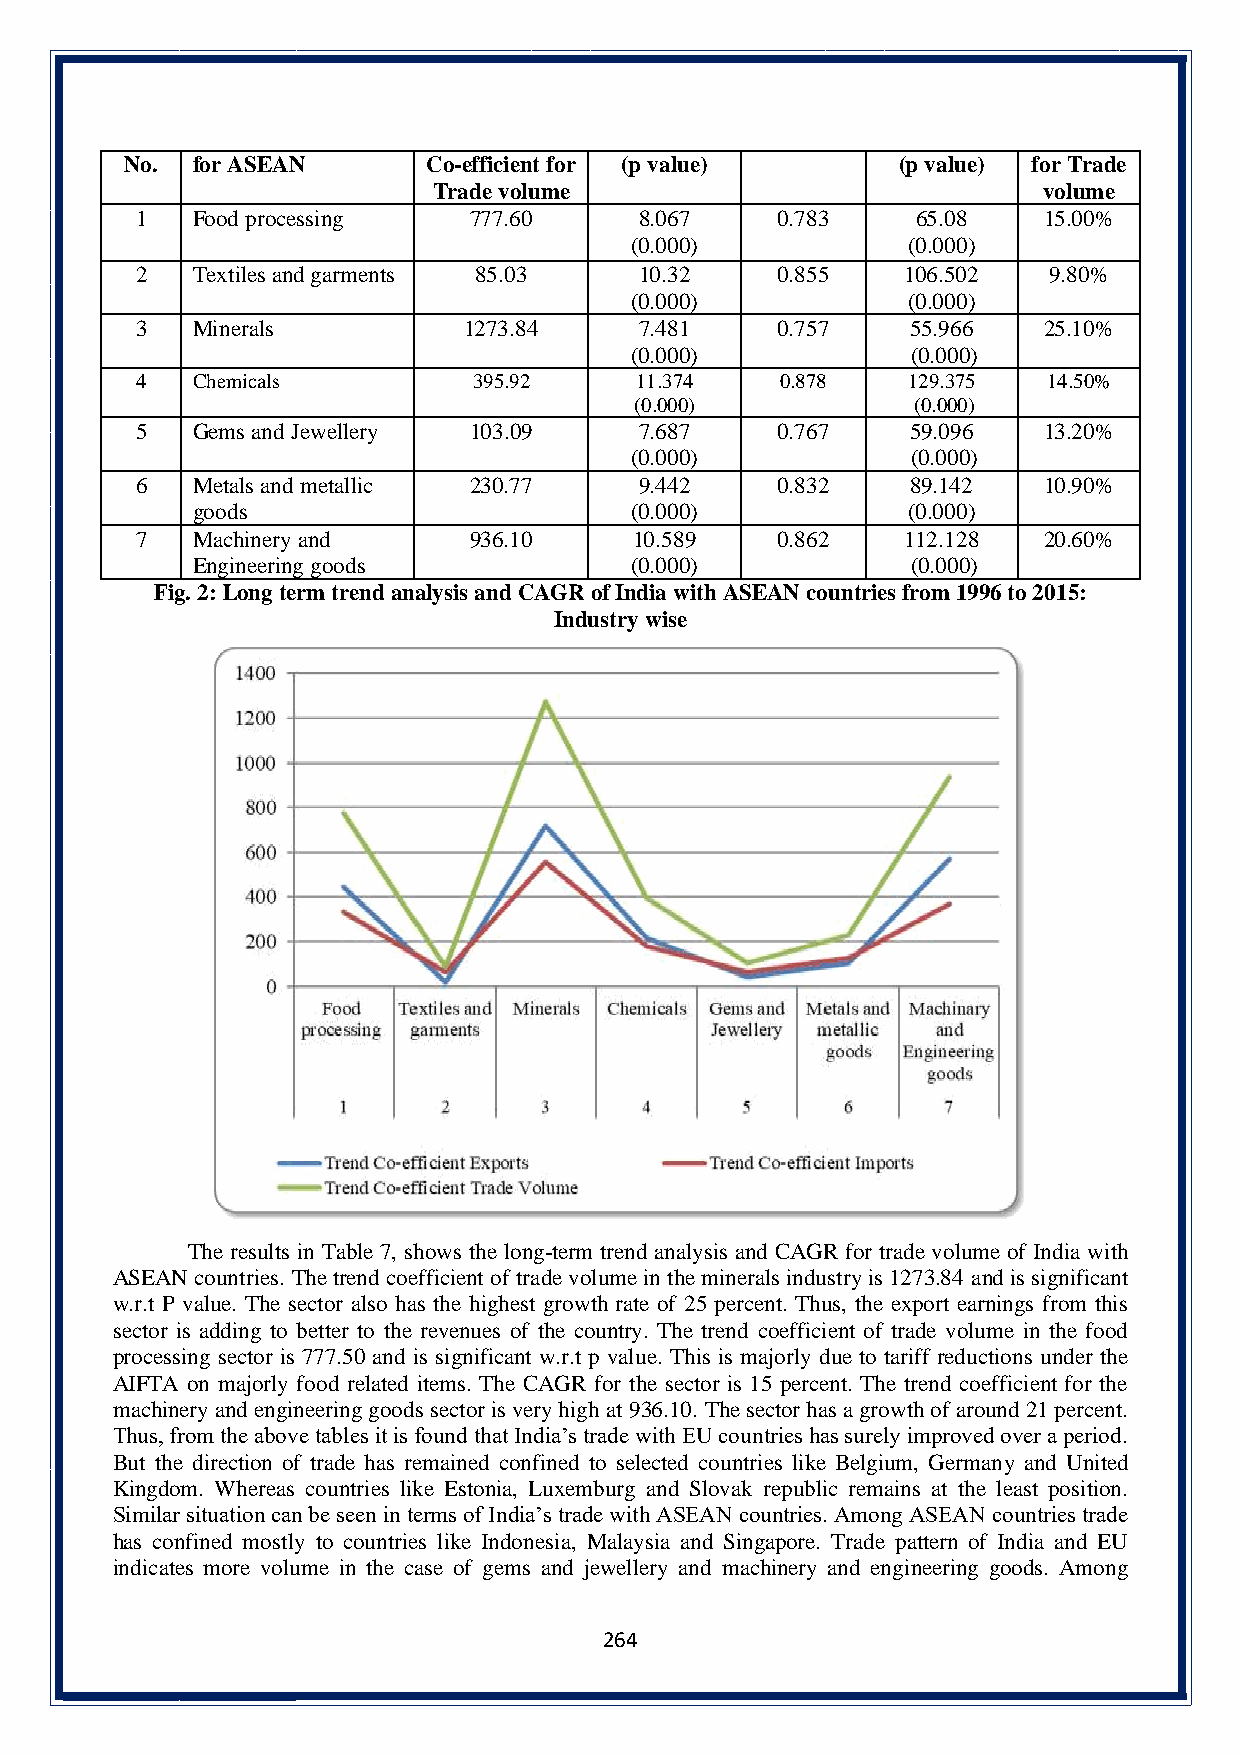
No.  for ASEAN      Co-efficient for (p value)     (p value) for Trade
 Trade volume                            volume
 1   Food processing   777.60     8.067    0.783     65.08   15.00%
 (0.000)           (0.000)
 2   Textiles and garments 85.03  10.32    0.855    106.502  9.80%
 (0.000)           (0.000)
 3   Minerals          1273.84    7.481    0.757    55.966   25.10%
 (0.000)           (0.000)
 4   Chemicals         395.92     11.374    0.878   129.375  14.50%
 (0.000)           (0.000)
 5   Gems and Jewellery 103.09    7.687    0.767    59.096   13.20%
 (0.000)           (0.000)
 6   Metals and metallic 230.77   9.442    0.832    89.142   10.90%
 goods                        (0.000)           (0.000)
 7   Machinery and     936.10     10.589   0.862    112.128  20.60%
 Engineering goods            (0.000)           (0.000)
 Fig. 2: Long term trend analysis and CAGR of India with ASEAN countries from 1996 to 2015:
 Industry wise
 The results in Table 7, shows the long-term trend analysis and CAGR for trade volume of India with
 ASEAN countries. The trend coefficient of trade volume in the minerals industry is 1273.84 and is significant
 w.r.t P value. The sector also has the highest growth rate of 25 percent. Thus, the export earnings from this
 sector is adding to better to the revenues of the country. The trend coefficient of trade volume in the food
 processing sector is 777.50 and is significant w.r.t p value. This is majorly due to tariff reductions under the
 AIFTA on majorly food related items. The CAGR for the sector is 15 percent. The trend coefficient for the
 machinery and engineering goods sector is very high at 936.10. The sector has a growth of around 21 percent.
 Thus, from the above tables it is found that India’s trade with EU countries has surely improved over a period.
 But the direction of trade has remained confined to selected countries like Belgium, Germany and United
 Kingdom. Whereas countries like Estonia, Luxemburg and Slovak republic remains at the least position.
 Similar situation can be seen in terms of India’s trade with ASEAN countries. Among ASEAN countries trade
 has confined mostly to countries like Indonesia, Malaysia and Singapore. Trade pattern of India and EU
 indicates more volume in the case of gems and jewellery and machinery and engineering goods. Among
 264